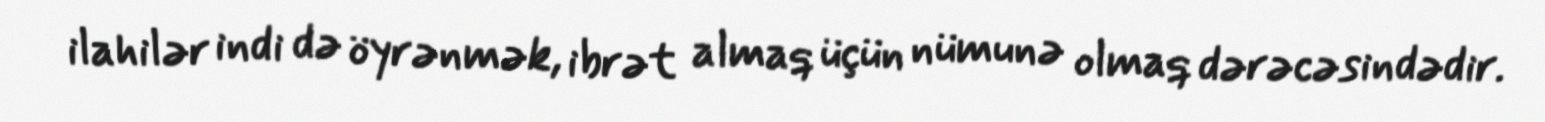
ilahilər indi də öyrənmək, ibrət almaq üçün nümunə olmaq dərəcəsindədir.